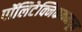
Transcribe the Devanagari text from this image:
पॉलिटेक्निककमधून